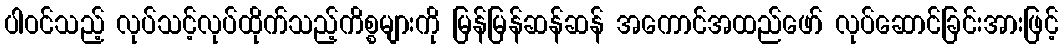
ပါဝင်သည့် လုပ်သင့်လုပ်ထိုက်သည့်ကိစ္စများကို မြန်မြန်ဆန်ဆန် အကောင်အထည်ဖော် လုပ်ဆောင်ခြင်းအားဖြင့်